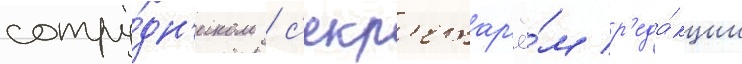
сотру́дн'иком / с'екр'етар'ё́м р'еда́кции